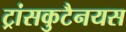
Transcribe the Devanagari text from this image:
ट्रांसकुटैनयस